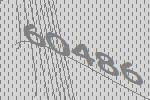
60486